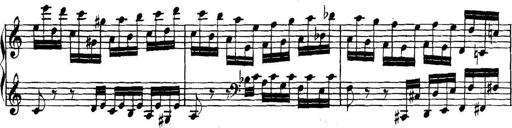
Title: Collected Piano Sonatas
Composer: Muzio Clementi